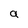
Character: a